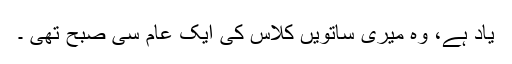
یاد ہے، وہ میری ساتویں کلاس کی ایک عام سی صبح تھی ۔